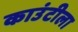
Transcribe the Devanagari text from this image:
काउंटीला